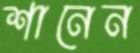
শানেন